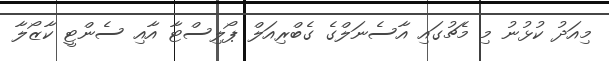
މިއަދު ކުޅުނު މި މެޗުގައި އާސެނަލްގެ ގެބްރިއަލް ޕޯލިސްޓާ އާއި ސެންޓީ ކާޒޯލާ